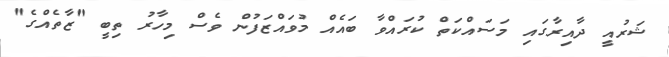
ޝަރުއީ ދާއިރާގައި މަސައްކަތް ކުރައްވާ ބައެއް މުވައްޒަފުން ވެސް މިހާރު ތިބީ "ޒާތެއްގެ"